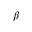
\beta